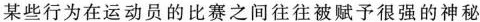
某些行为在运动员的比赛之间往往被赋予很强的神秘